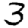
Digit: 3